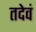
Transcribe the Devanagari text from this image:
तदेवं